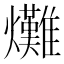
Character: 𤓌